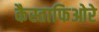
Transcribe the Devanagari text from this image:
कैस्ताफिओरे